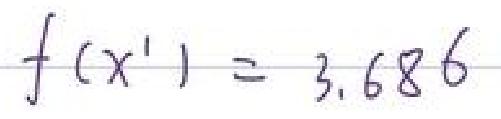
\[ f(x') = 3.686 \]